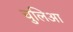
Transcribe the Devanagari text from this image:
चुलिआ